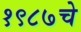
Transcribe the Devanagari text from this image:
१९८७चे